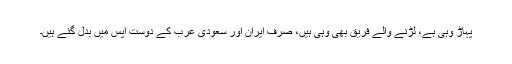
پہاڑ وہی ہے، لڑنے والے فریق بھی وہی ہیں، صرف ایران اور سعودی عرب کے دوست آپس میں بدل گئے ہیں۔